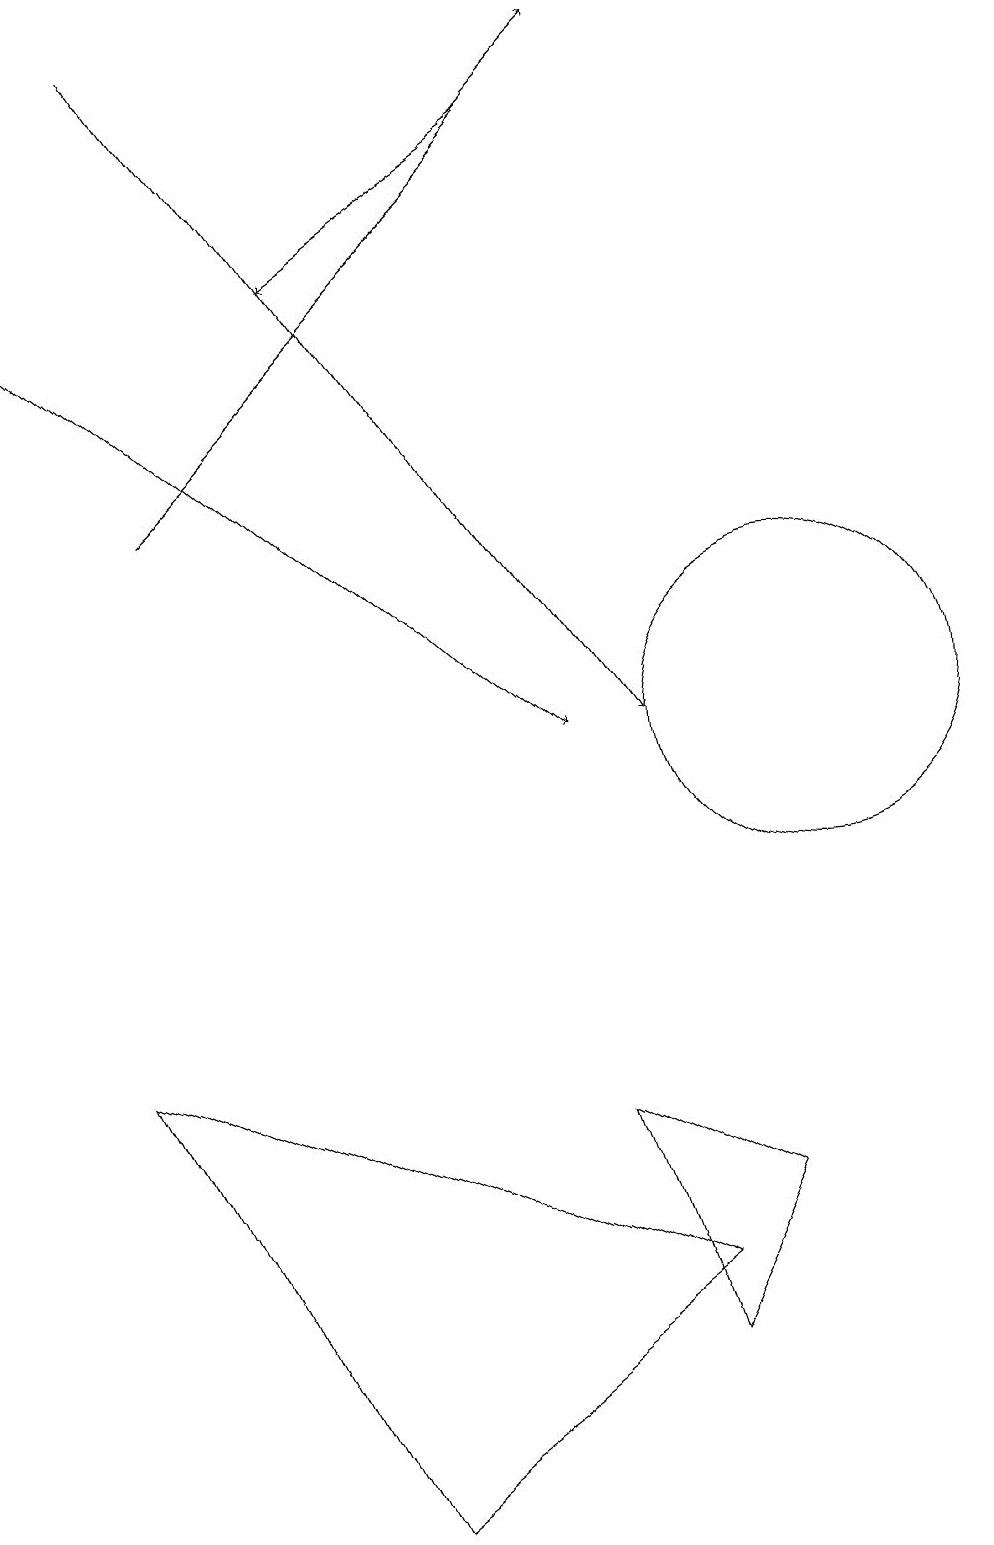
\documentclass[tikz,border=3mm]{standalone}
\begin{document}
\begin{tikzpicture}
\draw[->] (0,16) -- (7,10);
\draw (1,6) -- (8,3) -- (4,0) -- cycle;
\draw (7,5) -- (9,4) -- (8,2) -- cycle;
\draw (10,10) circle (2);
\draw[->] (2,13) -- (8,19);
\draw[->] (7,18) -- (4,16);
\draw[->] (2,19) -- (8,10);
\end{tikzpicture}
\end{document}